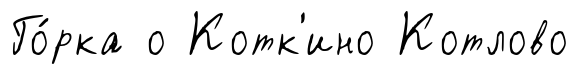
Го́рка о Котк'ино Котлово